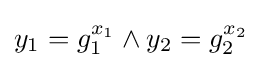
y_{1}=g_{1}^{x_{1}}\land y_{2}=g_{2}^{x_{2}}